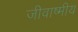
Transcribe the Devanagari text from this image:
जीवाष्मीय